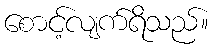
စောင့်လျက်ရိသည်။